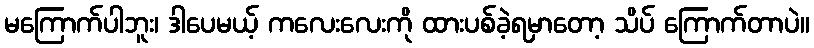
မကြောက်ပါဘူး၊ ဒါပေမယ့် ကလေးလေးကို ထားပစ်ခဲ့ရမှာတော့ သိပ် ကြောက်တာပဲ။